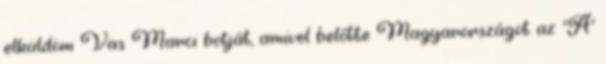
elküldöm Vas Marci botját, amivel belőtte Magyarországot az 'A'